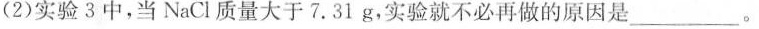
(2)实验3中，当NaCl质量大于7.31g，实验就不必再做的原因是___。